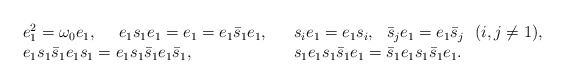
\begin{align*}\begin{array}{lll}e_1^2=\omega_0 e_1,\ \ \ \ e_1s_1e_1=e_1=e_1\bar s_1e_1,&& s_ie_1=e_1s_i,\ \ \bar s_je_1=e_1\bar s_j\ \ (i,j\ne1),\\e_1s_1\bar s_{1} e_1s_{1} = e_1s_1\bar s_1 e_1\bar s_{1},&&s_1e_1s_1\bar s_1 e_1 = \bar s_1 e_1s_1 \bar s_1 e_1.\end{array}\end{align*}